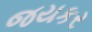
જયકર